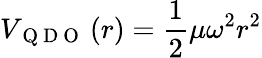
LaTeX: V_{\mathrm{~Q~D~O~}}\left(r\right)=\frac{1}{2}\mu\omega^{2}r^{2}